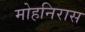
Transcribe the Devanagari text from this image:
मोहनिरास